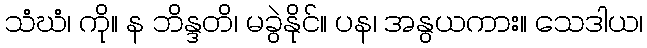
သံဃံ၊ ကို။ န ဘိန္ဒတိ၊ မခွဲနိုင်။ ပန၊ အနွယကား။ သေဒါယ၊